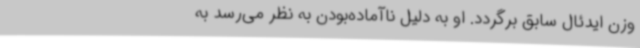
وزن ایدئال سابق برگردد. او به دلیل ناآماده‌بودن به نظر می‌رسد به‌